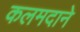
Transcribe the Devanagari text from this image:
कलमदाने